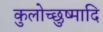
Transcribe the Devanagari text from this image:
कुलोच्छुष्मादि